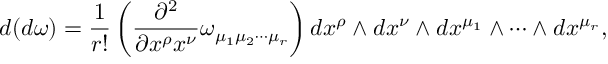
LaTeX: d ( d \omega ) = \frac { 1 } { r ! } \left( \frac { \partial ^ { 2 } } { \partial x ^ { \rho } x ^ { \nu } } \omega _ { \mu _ { 1 } \mu _ { 2 } \cdots \mu _ { r } } \right) d x ^ { \rho } \wedge d x ^ { \nu } \wedge d x ^ { \mu _ { 1 } } \wedge \cdots \wedge d x ^ { \mu _ { r } } ,